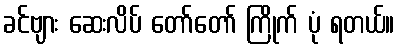
ခင်ဗျား ဆေးလိပ် တော်တော် ကြိုက် ပုံ ရတယ်။